65_HS1-834228961_62-HQ-83894_Section_6
Agency: FBI
Page 169
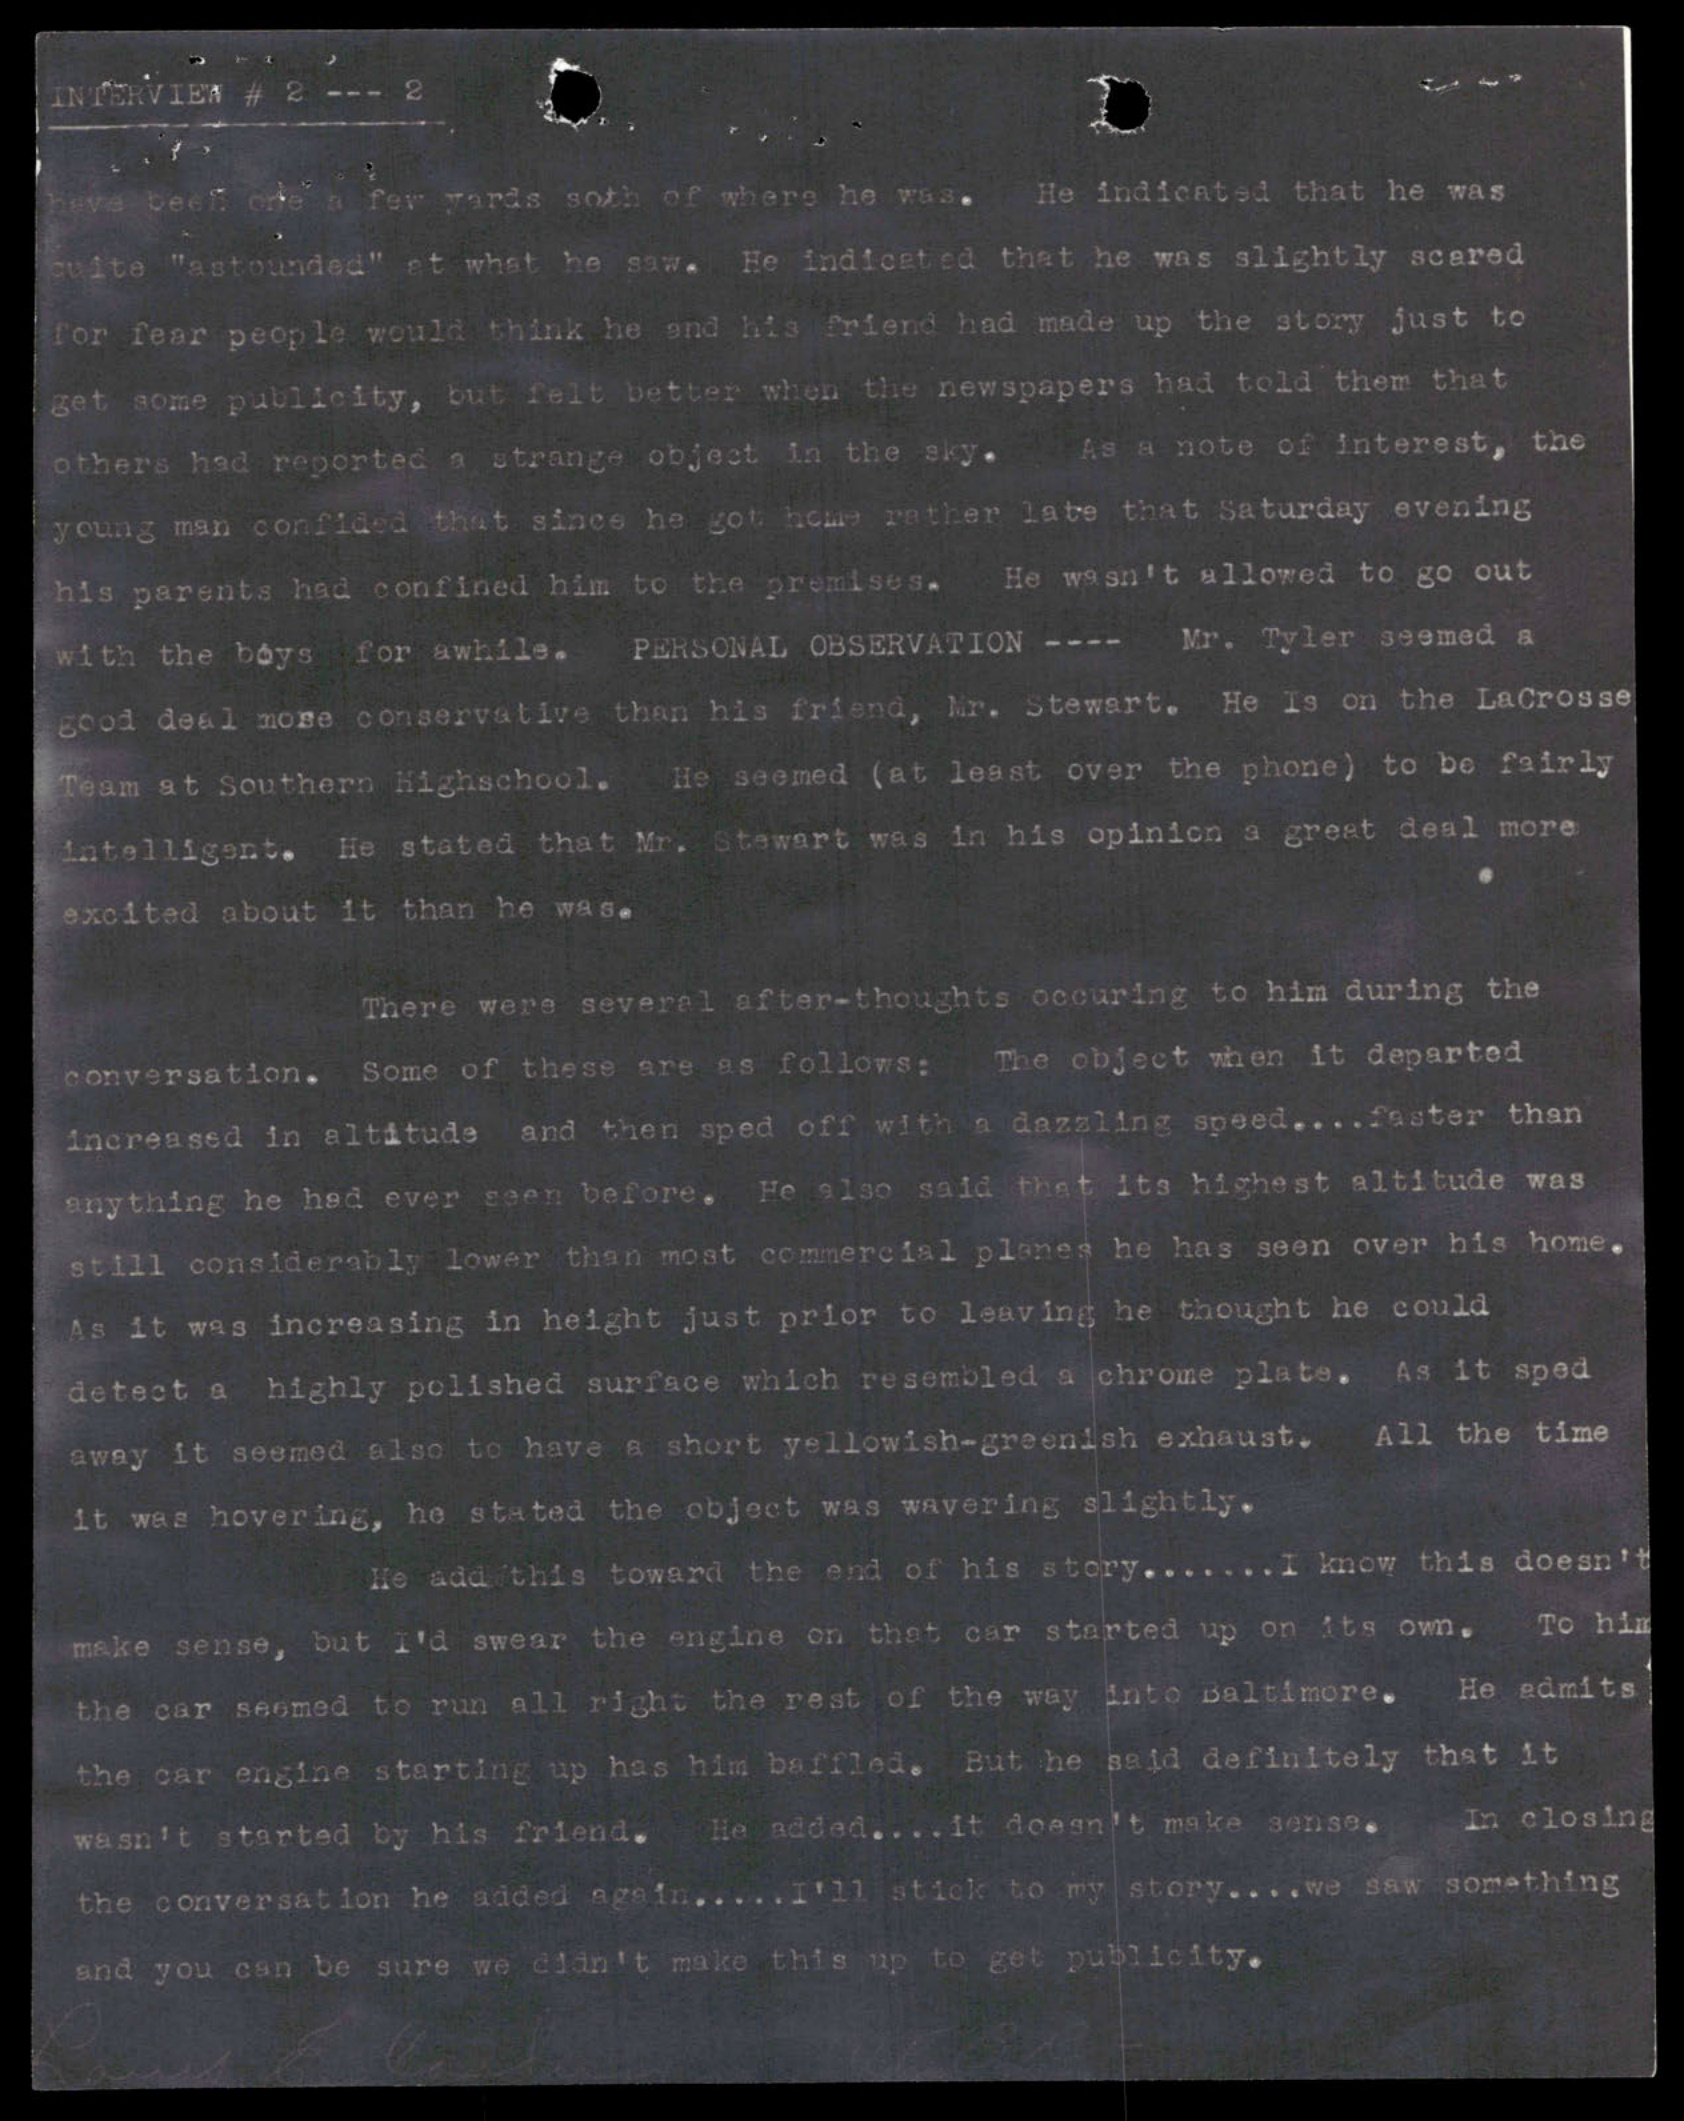